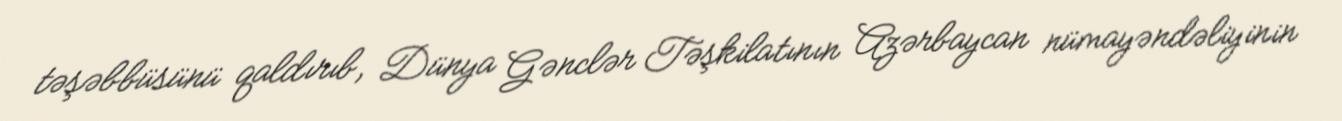
təşəbbüsünü qaldırıb, Dünya Gənclər Təşkilatının Azərbaycan nümayəndəliyinin